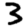
Digit: 3